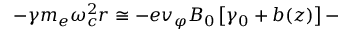
- \gamma m _ { e } \omega _ { c } ^ { 2 } r \cong - e v _ { \varphi } B _ { 0 } \left[ \gamma _ { 0 } + b ( z ) \right] -